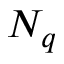
N _ { q }